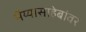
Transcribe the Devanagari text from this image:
भैय्यासाहेबांवर